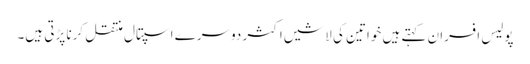
پولیس افسران کہتے ہیں خواتین کی لاشیں اکثر دوسرے اسپتال منتقل کرنا پڑتی ہیں۔